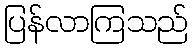
ပြန်လာကြသည်